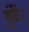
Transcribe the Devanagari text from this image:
ढूंढें।